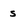
Character: s